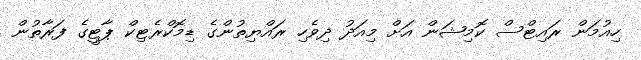
ހިއުމަން ރައިޓްސް ކޮމިޝަން އަށް މިއަދު ދިވެހި ރައްޔިތުންގެ ޑިމޮކްރެޓިކް ޕާޓީގެ ފަރާތުން